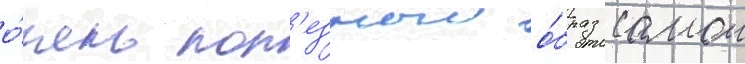
о́чень пол'езныи о́браз самои